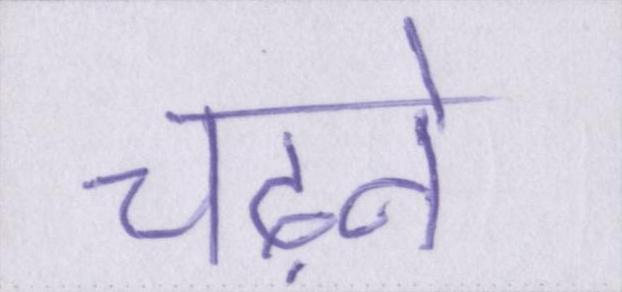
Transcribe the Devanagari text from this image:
चढ़ने